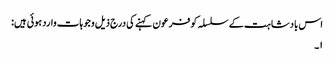
اس بادشاہت کے سلسلہ کو فرعون کہنے کی درج ذیل وجوہات وارد ہوئی ہیں:
۱۔